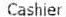
CASHIER